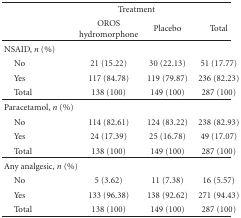
<table><thead><tr><td></td><td colspan="2"><b>Treatment</b></td><td></td></tr><tr><td></td><td><b>OROS hydromorphone</b></td><td><b>Placebo</b></td><td><b>Total</b></td></tr></thead><tbody><tr><td>NSAID, <i>n</i> (%)</td><td></td><td></td><td></td></tr><tr><td> No</td><td>21 (15.22)</td><td>30 (22.13)</td><td>51 (17.77)</td></tr><tr><td> Yes</td><td>117 (84.78)</td><td>119 (79.87)</td><td>236 (82.23)</td></tr><tr><td> Total</td><td>138 (100)</td><td>149 (100)</td><td>287 (100)</td></tr><tr><td>Paracetamol, <i>n</i> (%)</td><td></td><td></td><td></td></tr><tr><td> No</td><td>114 (82.61)</td><td>124 (83.22)</td><td>238 (82.93)</td></tr><tr><td> Yes</td><td>24 (17.39)</td><td>25 (16.78)</td><td>49 (17.07)</td></tr><tr><td> Total</td><td>138 (100)</td><td>149 (100)</td><td>287 (100) </td></tr><tr><td>Any analgesic, <i>n</i> (%)</td><td></td><td></td><td></td></tr><tr><td> No</td><td>5 (3.62)</td><td>11 (7.38)</td><td>16 (5.57)</td></tr><tr><td> Yes</td><td>133 (96.38)</td><td>138 (92.62)</td><td>271 (94.43)</td></tr><tr><td> Total</td><td>138 (100)</td><td>149 (100)</td><td>287 (100)</td></tr></tbody></table>